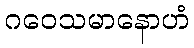
ဂဝေသမာနောဟံ